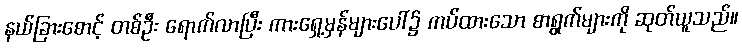
နယ်ခြားစောင့် တစ်ဦး ရောက်လာပြီး ကားရှေ့မှန်များပေါ်၌ ကပ်ထားသော စာရွက်များကို ဆုတ်ယူသည်။